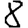
Digit: 8